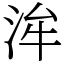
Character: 洠